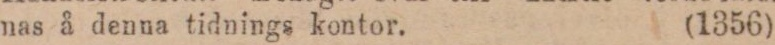
nas å denna tidnings kontor. (1356)